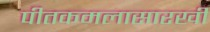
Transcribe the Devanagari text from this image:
पीतकमलासारखी